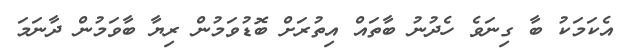
އެކަމަކު ބާ ގިނަވެ ހެދުނު ބާތައް އިތުރަށް ބޮޑުވަމުން ރިޔާ ބާވަމުން ދާނަމަ